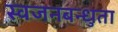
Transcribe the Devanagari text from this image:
स्वजनबन्धुता